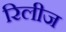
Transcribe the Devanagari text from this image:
रिलीज